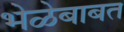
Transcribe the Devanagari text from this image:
भेळेबाबत